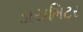
ડાયમિટર